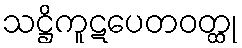
သဋ္ဌိကူဋပေတဝတ္ထု